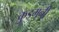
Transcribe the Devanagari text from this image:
कुडमुनी